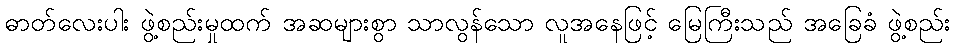
ဓာတ်လေးပါး ဖွဲ့စည်းမှုထက် အဆများစွာ သာလွန်သော လူအနေဖြင့် မြေကြီးသည် အခြေခံ ဖွဲ့စည်း